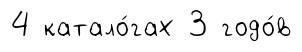
4 катало́гах 3 годо́в